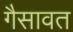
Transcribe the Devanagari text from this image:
गैसावत